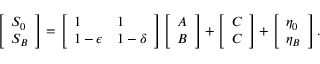
\left[ \begin{array} { l } { S _ { 0 } } \\ { S _ { B } } \end{array} \right] = \left[ \begin{array} { l l } { 1 } & { 1 } \\ { 1 - \epsilon } & { 1 - \delta } \end{array} \right] \left[ \begin{array} { l } { A } \\ { B } \end{array} \right] + \left[ \begin{array} { l } { C } \\ { C } \end{array} \right] + \left[ \begin{array} { l } { \eta _ { 0 } } \\ { \eta _ { B } } \end{array} \right] .